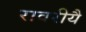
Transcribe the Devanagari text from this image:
रावरीयै